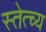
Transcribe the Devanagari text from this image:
स्तेत्च्य